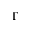
\Gamma